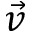
\vec { v }